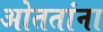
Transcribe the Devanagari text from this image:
ओततांना